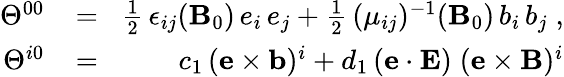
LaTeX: \begin{array}{rlr}{\Theta^{00}\! }&{{}=}&{\! \frac{1}{2}\, \epsilon_{ij}({\mathbf B}_{0})\, e_{i}\, e_{j}+\frac{1}{2}\, (\mu_{ij})^{-1}({\mathbf B}_{0})\, b_{i}\, b_{j}\; ,}\\ {\Theta^{i0}\! }&{{}=}&{\! c_{1}\, ({\mathbf e}\times{\mathbf b})^{i}+d_{1}\, ({\mathbf e}\cdot{\mathbf E})\; ({\mathbf e}\times{\mathbf B})^{i}}\end{array}